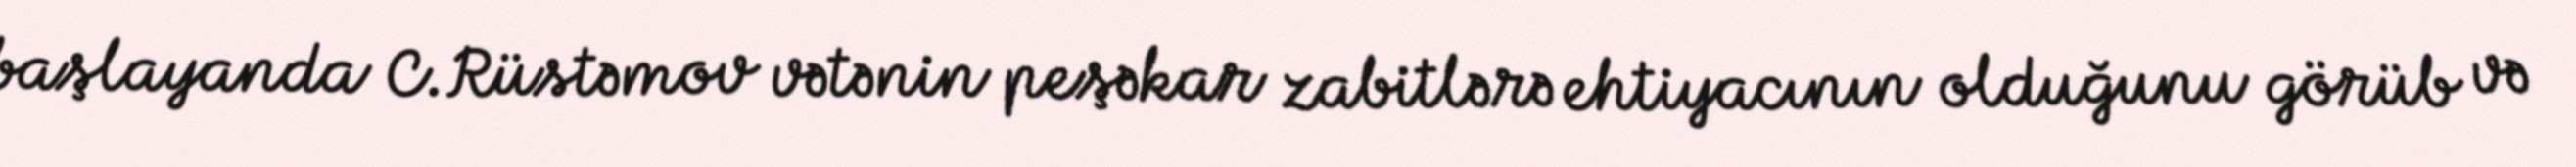
başlayanda C.Rüstəmov vətənin peşəkar zabitlərə ehtiyacının olduğunu görüb və